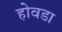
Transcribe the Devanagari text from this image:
होवडा